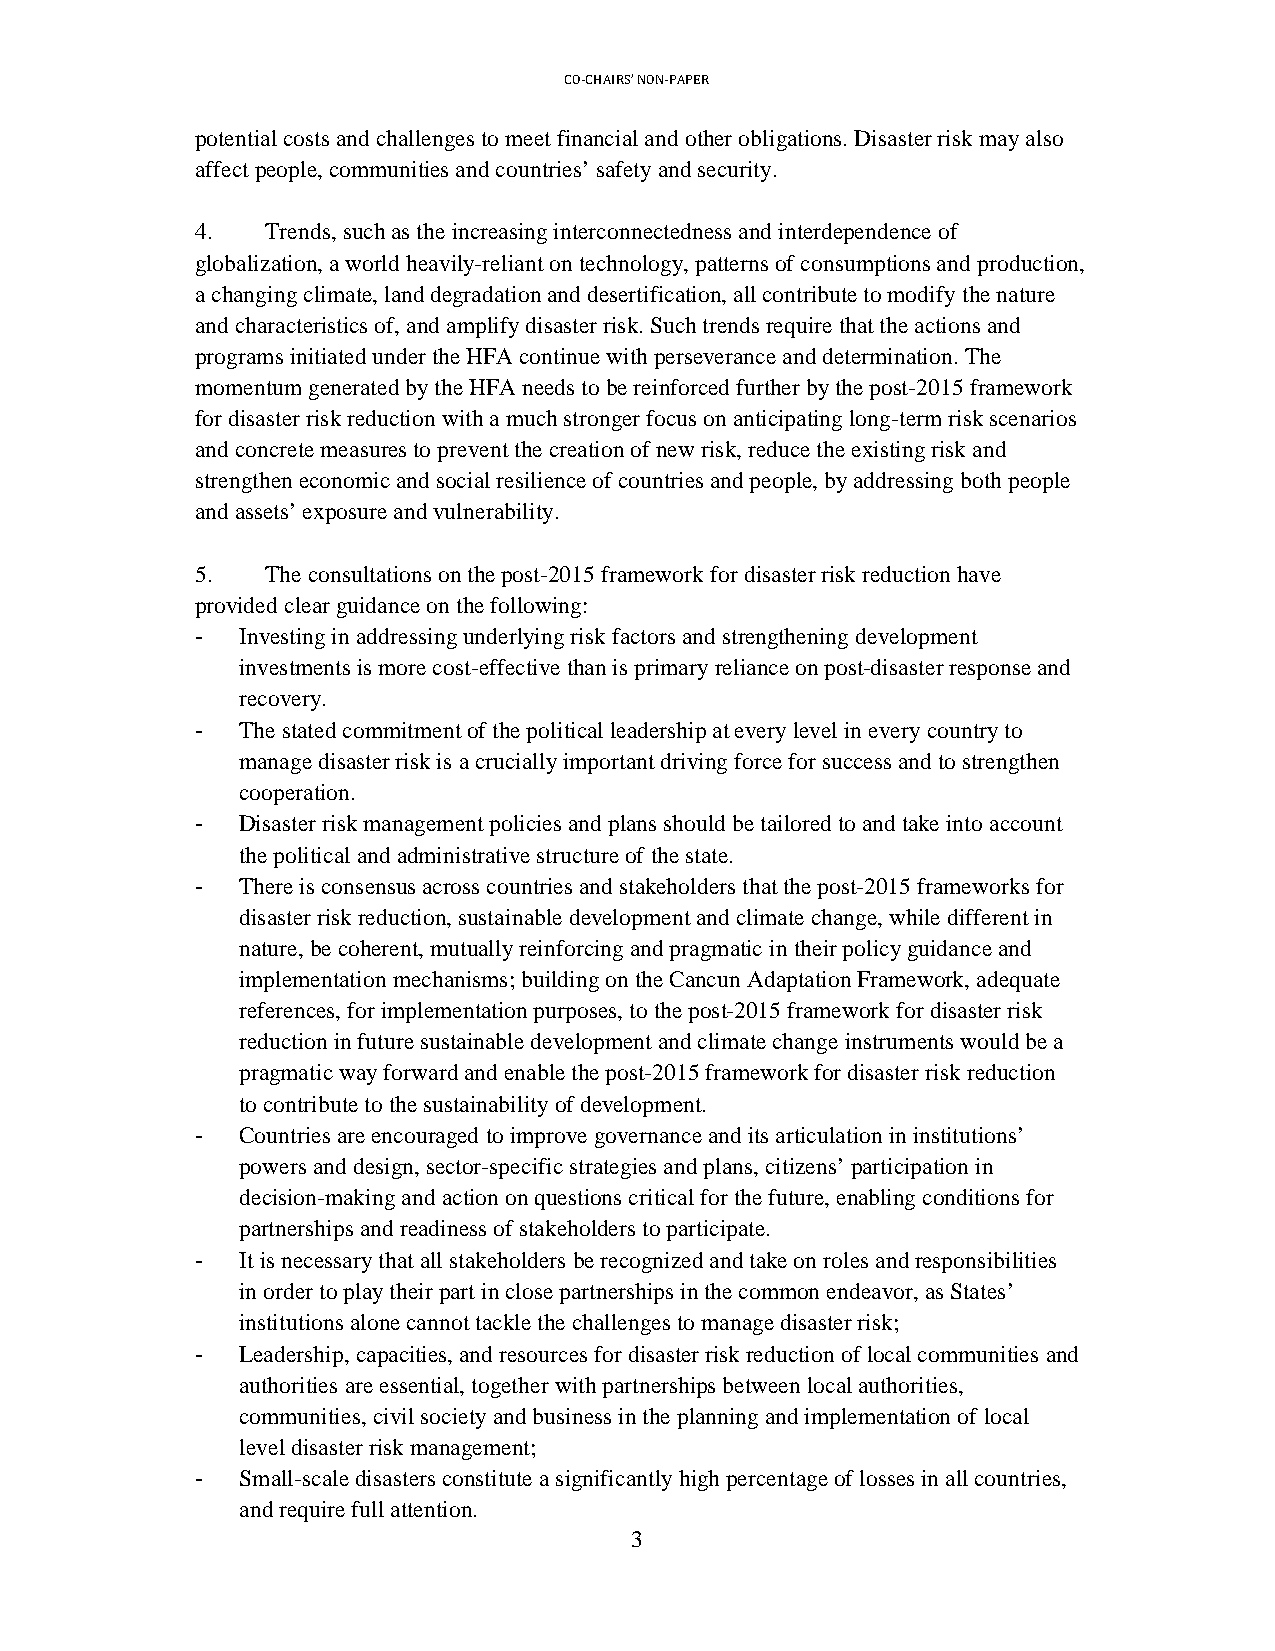
CO-CHAIRS’ NON-PAPER
 potential costs and challenges to meet financial and other obligations. Disaster risk may also
 affect people, communities and countries’ safety and security.
 4.   Trends, such as the increasing interconnectedness and interdependence of
 globalization, a world heavily-reliant on technology, patterns of consumptions and production,
 a changing climate, land degradation and desertification, all contribute to modify the nature
 and characteristics of, and amplify disaster risk. Such trends require that the actions and
 programs initiated under the HFA continue with perseverance and determination. The
 momentum generated by the HFA needs to be reinforced further by the post-2015 framework
 for disaster risk reduction with a much stronger focus on anticipating long-term risk scenarios
 and concrete measures to prevent the creation of new risk, reduce the existing risk and
 strengthen economic and social resilience of countries and people, by addressing both people
 and assets’ exposure and vulnerability.
 5.   The consultations on the post-2015 framework for disaster risk reduction have
 provided clear guidance on the following:
 -  Investing in addressing underlying risk factors and strengthening development
 investments is more cost-effective than is primary reliance on post-disaster response and
 recovery.
 -  The stated commitment of the political leadership at every level in every country to
 manage disaster risk is a crucially important driving force for success and to strengthen
 cooperation.
 -  Disaster risk management policies and plans should be tailored to and take into account
 the political and administrative structure of the state.
 -  There is consensus across countries and stakeholders that the post-2015 frameworks for
 disaster risk reduction, sustainable development and climate change, while different in
 nature, be coherent, mutually reinforcing and pragmatic in their policy guidance and
 implementation mechanisms; building on the Cancun Adaptation Framework, adequate
 references, for implementation purposes, to the post-2015 framework for disaster risk
 reduction in future sustainable development and climate change instruments would be a
 pragmatic way forward and enable the post-2015 framework for disaster risk reduction
 to contribute to the sustainability of development.
 -  Countries are encouraged to improve governance and its articulation in institutions’
 powers and design, sector-specific strategies and plans, citizens’ participation in
 decision-making and action on questions critical for the future, enabling conditions for
 partnerships and readiness of stakeholders to participate.
 -  It is necessary that all stakeholders be recognized and take on roles and responsibilities
 in order to play their part in close partnerships in the common endeavor, as States’
 institutions alone cannot tackle the challenges to manage disaster risk;
 -  Leadership, capacities, and resources for disaster risk reduction of local communities and
 authorities are essential, together with partnerships between local authorities,
 communities, civil society and business in the planning and implementation of local
 level disaster risk management;
 -  Small-scale disasters constitute a significantly high percentage of losses in all countries,
 and require full attention.
 3